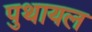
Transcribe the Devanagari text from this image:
पुथायल